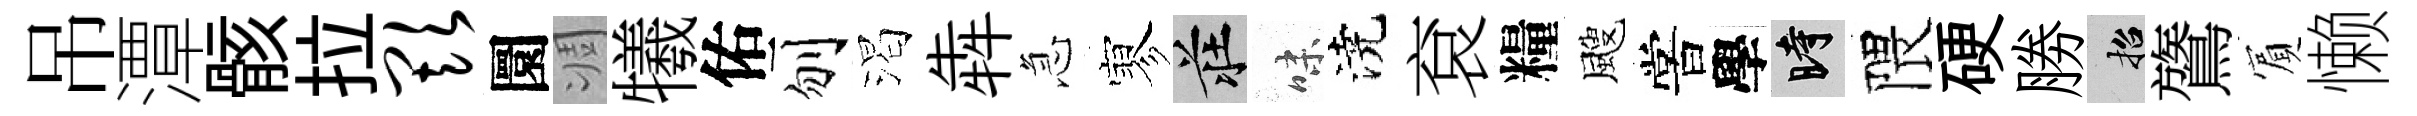
吊潭骸拉欺圜凋犧佑刎渴犇急寥莊味澆袞糧颼嘗學时隈硬勝招鷟賔懒